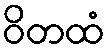
ဝိတထံ